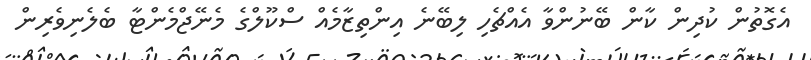
އެގޮތުން ކުދިން ކާން ބޭނުންވާ އެއްޗެހި ލިބޭނެ އިންތިޒާމެއް ސްކޫލްގެ މެނޭޖްމެންޓާ ބެލެނިވެރިން